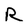
Character: R